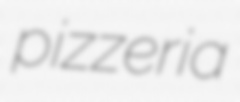
pizzeria